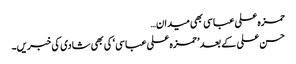
حمزہ علی عباسی بھی میدان…
حسن علی کے بعد ’ حمزہ علی عباسی ‘ کی بھی شادی کی خبریں۔